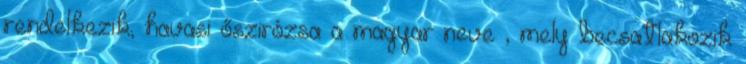
rendelkezik, havasi őszirózsa a magyar neve , mely becsatlakozik